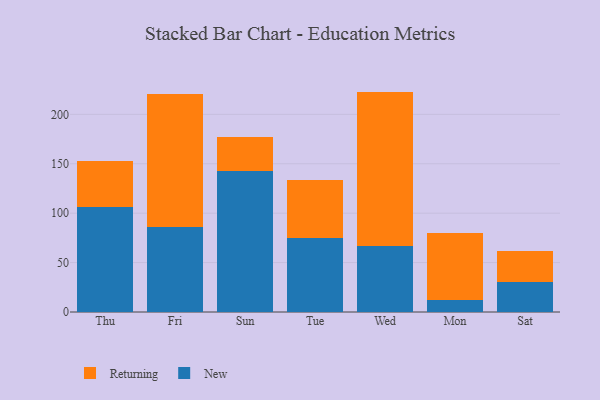
{"axis": {"x": "Day", "y": "Production Output"}, "legend": ["New", "Returning"], "data": [{"x": "Thu", "y": 106.7, "type": "New"}, {"x": "Thu", "y": 45.7, "type": "Returning"}, {"x": "Fri", "y": 85.7, "type": "New"}, {"x": "Fri", "y": 134.6, "type": "Returning"}, {"x": "Sun", "y": 143.1, "type": "New"}, {"x": "Sun", "y": 33.8, "type": "Returning"}, {"x": "Tue", "y": 74.4, "type": "New"}, {"x": "Tue", "y": 59.4, "type": "Returning"}, {"x": "Wed", "y": 66.9, "type": "New"}, {"x": "Wed", "y": 156.1, "type": "Returning"}, {"x": "Mon", "y": 12.0, "type": "New"}, {"x": "Mon", "y": 68.4, "type": "Returning"}, {"x": "Sat", "y": 30.2, "type": "New"}, {"x": "Sat", "y": 32.0, "type": "Returning"}]}